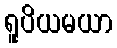
ရူပိယမယာ